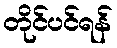
တိုင်ပင်ရန်